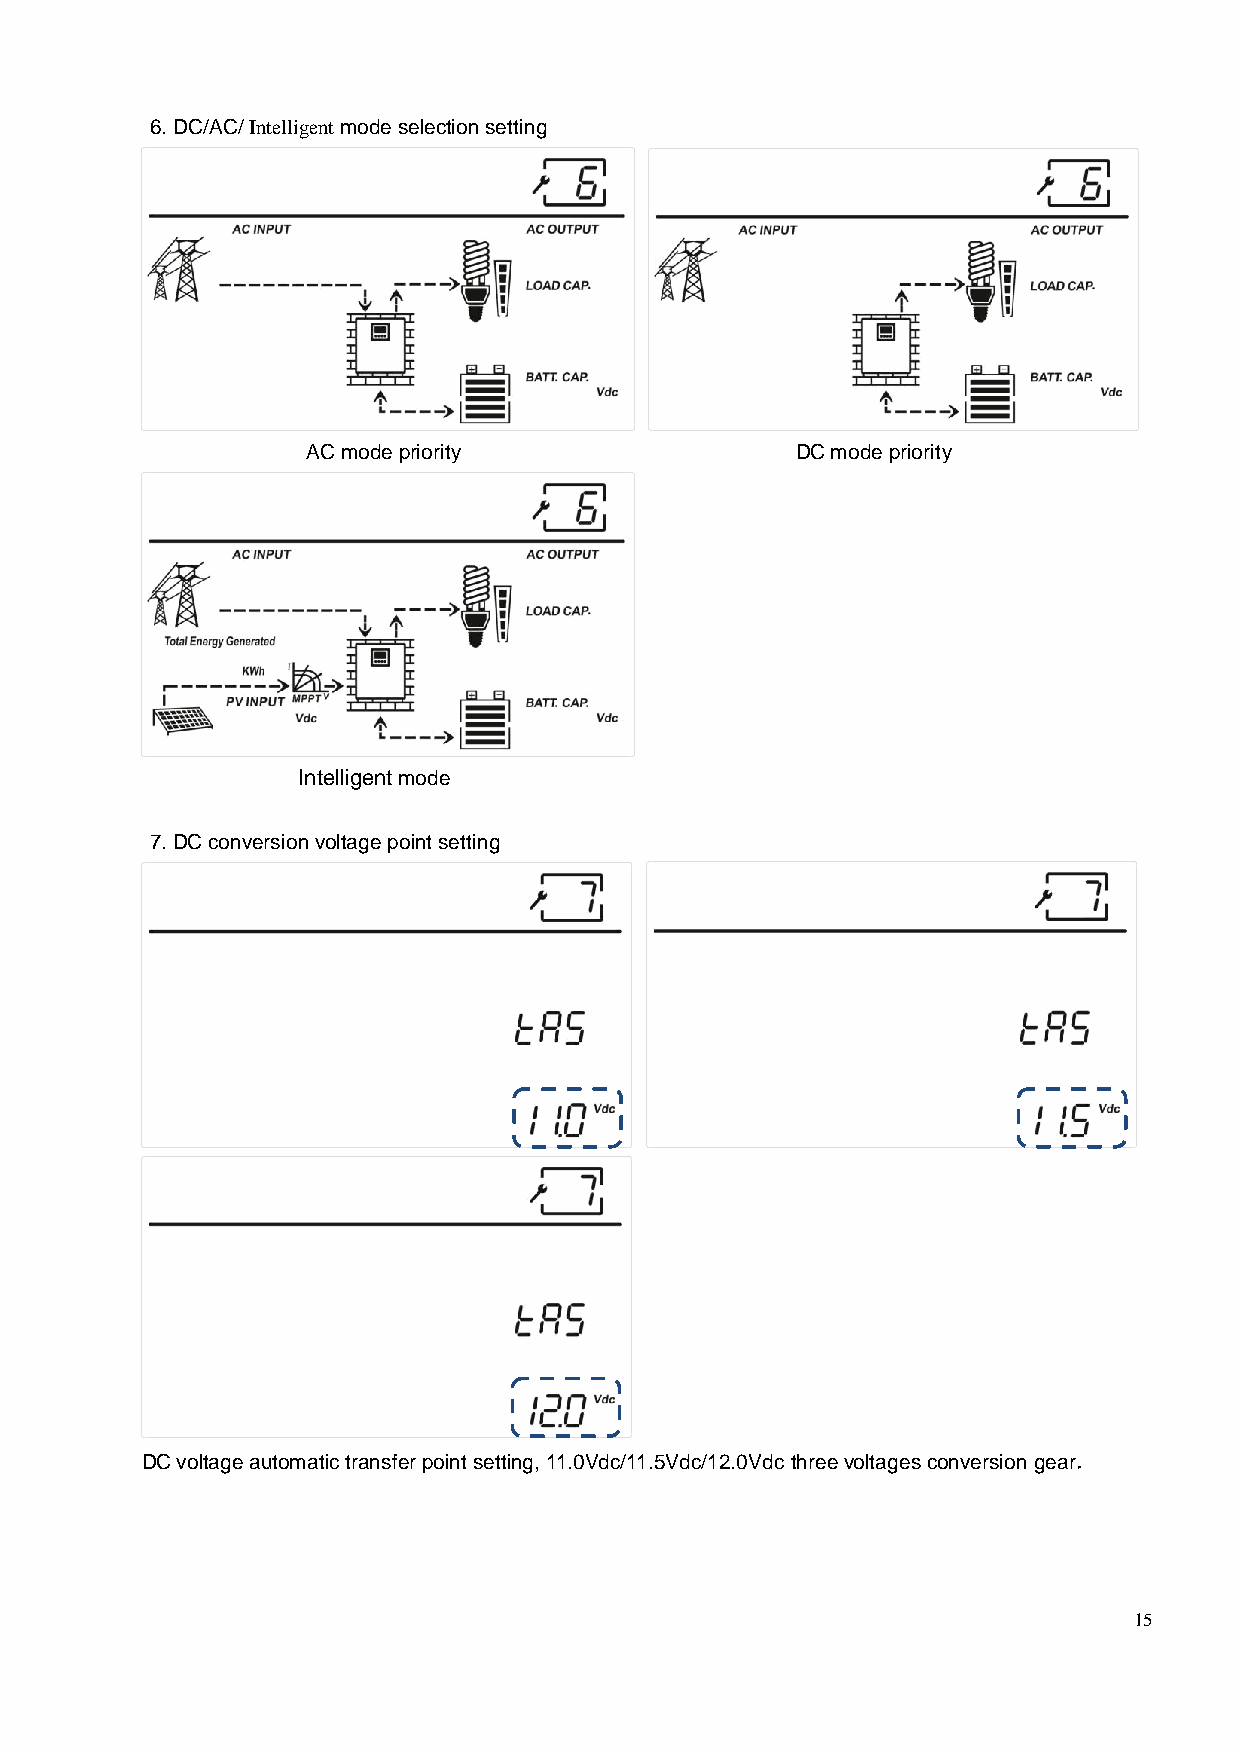
6. DC/AC/ Intelligent mode selection setting
 AC mode priority                 DC mode priority
 Intelligent mode
 7. DC conversion voltage point setting
 DC voltage automatic transfer point setting, 11.0Vdc/11.5Vdc/12.0Vdc three voltages conversion gear.
 15